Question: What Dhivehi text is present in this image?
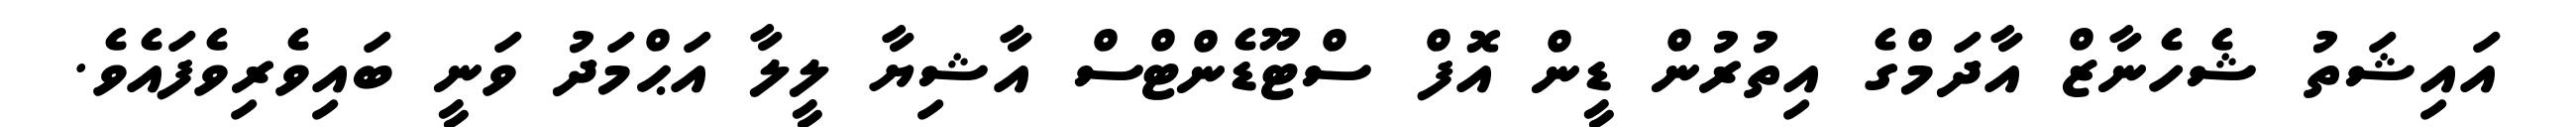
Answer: އައިޝަތު ޝެހެނާޒް އާދަމްގެ އިތުރުން ޑީން އޮފް ސްޓޫޑެންޓްސް އާޝިޔާ ލީލާ އަޙްމަދު ވަނީ ބައިވެރިވެފައެވެ.